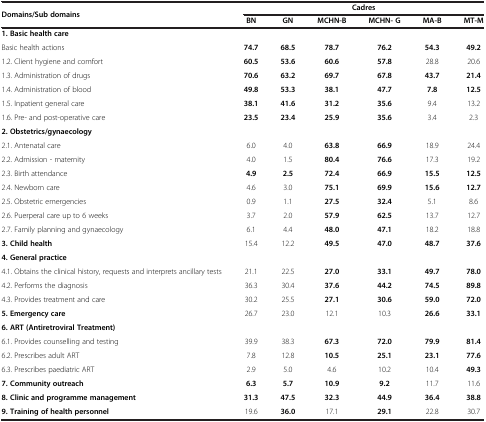
<table><thead><tr><td rowspan="2"><b>Domains/Sub domains</b></td><td colspan="6"><b>Cadres</b></td></tr><tr><td><b>BN</b></td><td><b>GN</b></td><td><b>MCHN-B</b></td><td><b>MCHN- G</b></td><td><b>MA-B</b></td><td><b>MT-M</b></td></tr></thead><tbody><tr><td><b>1. Basic health care</b></td><td> </td><td> </td><td> </td><td> </td><td> </td><td> </td></tr><tr><td>Basic health actions</td><td><b>74.7</b></td><td><b>68.5</b></td><td><b>78.7</b></td><td><b>76.2</b></td><td><b>54.3</b></td><td><b>49.2</b></td></tr><tr><td>1.2. Client hygiene and comfort</td><td><b>60.5</b></td><td><b>53.6</b></td><td><b>60.6</b></td><td><b>57.8</b></td><td>28.8</td><td>20.6</td></tr><tr><td>1.3. Administration of drugs</td><td><b>70.6</b></td><td><b>63.2</b></td><td><b>69.7</b></td><td><b>67.8</b></td><td><b>43.7</b></td><td><b>21.4</b></td></tr><tr><td>1.4. Administration of blood</td><td><b>49.8</b></td><td><b>53.3</b></td><td><b>38.1</b></td><td><b>47.7</b></td><td><b>7.8</b></td><td><b>12.5</b></td></tr><tr><td>1.5. Inpatient general care</td><td><b>38.1</b></td><td><b>41.6</b></td><td><b>31.2</b></td><td><b>35.6</b></td><td>9.4</td><td>13.2</td></tr><tr><td>1.6. Pre- and post-operative care</td><td><b>23.5</b></td><td><b>23.4</b></td><td><b>25.9</b></td><td><b>35.6</b></td><td>3.4</td><td>2.3</td></tr><tr><td><b>2. Obstetrics/gynaecology</b></td><td> </td><td> </td><td> </td><td> </td><td> </td><td> </td></tr><tr><td>2.1. Antenatal care</td><td>6.0</td><td>4.0</td><td><b>63.8</b></td><td><b>66.9</b></td><td>18.9</td><td>24.4</td></tr><tr><td>2.2. Admission - maternity</td><td>4.0</td><td>1.5</td><td><b>80.4</b></td><td><b>76.6</b></td><td>17.3</td><td>19.2</td></tr><tr><td>2.3. Birth attendance</td><td><b>4.9</b></td><td><b>2.5</b></td><td><b>72.4</b></td><td><b>66.9</b></td><td><b>15.5</b></td><td><b>12.5</b></td></tr><tr><td>2.4. Newborn care</td><td>4.6</td><td>3.0</td><td><b>75.1</b></td><td><b>69.9</b></td><td><b>15.6</b></td><td><b>12.7</b></td></tr><tr><td>2.5. Obstetric emergencies</td><td>0.9</td><td>1.1</td><td><b>27.5</b></td><td><b>32.4</b></td><td>5.1</td><td>8.6</td></tr><tr><td>2.6. Puerperal care up to 6 weeks</td><td>3.7</td><td>2.0</td><td><b>57.9</b></td><td><b>62.5</b></td><td>13.7</td><td>12.7</td></tr><tr><td>2.7. Family planning and gynaecology</td><td>6.1</td><td>4.4</td><td><b>48.0</b></td><td><b>47.1</b></td><td>18.2</td><td>18.8</td></tr><tr><td><b>3. Child health</b></td><td>15.4</td><td>12.2</td><td><b>49.5</b></td><td><b>47.0</b></td><td><b>48.7</b></td><td><b>37.6</b></td></tr><tr><td><b>4. General practice</b></td><td> </td><td> </td><td> </td><td> </td><td> </td><td> </td></tr><tr><td>4.1. Obtains the clinical history, requests and interprets ancillary tests</td><td>21.1</td><td>22.5</td><td><b>27.0</b></td><td><b>33.1</b></td><td><b>49.7</b></td><td><b>78.0</b></td></tr><tr><td>4.2. Performs the diagnosis</td><td>36.3</td><td>30.4</td><td><b>37.6</b></td><td><b>44.2</b></td><td><b>74.5</b></td><td><b>89.8</b></td></tr><tr><td>4.3. Provides treatment and care</td><td>30.2</td><td>25.5</td><td><b>27.1</b></td><td><b>30.6</b></td><td><b>59.0</b></td><td><b>72.0</b></td></tr><tr><td><b>5. Emergency care</b></td><td>26.7</td><td>23.0</td><td>12.1</td><td>10.3</td><td><b>26.6</b></td><td><b>33.1</b></td></tr><tr><td><b>6. ART (Antiretroviral Treatment)</b></td><td> </td><td> </td><td> </td><td> </td><td> </td><td> </td></tr><tr><td>6.1. Provides counselling and testing</td><td>39.9</td><td>38.3</td><td><b>67.3</b></td><td><b>72.0</b></td><td><b>79.9</b></td><td><b>81.4</b></td></tr><tr><td>6.2. Prescribes adult ART</td><td>7.8</td><td>12.8</td><td><b>10.5</b></td><td><b>25.1</b></td><td><b>23.1</b></td><td><b>77.6</b></td></tr><tr><td>6.3. Prescribes paediatric ART</td><td>2.9</td><td>5.0</td><td>4.6</td><td>10.2</td><td>10.4</td><td><b>49.3</b></td></tr><tr><td><b>7. Community outreach</b></td><td><b>6.3</b></td><td><b>5.7</b></td><td><b>10.9</b></td><td><b>9.2</b></td><td>11.7</td><td>11.6</td></tr><tr><td><b>8. Clinic and programme management</b></td><td><b>31.3</b></td><td><b>47.5</b></td><td><b>32.3</b></td><td><b>44.9</b></td><td><b>36.4</b></td><td><b>38.8</b></td></tr><tr><td><b>9. Training of health personnel</b></td><td>19.6</td><td><b>36.0</b></td><td>17.1</td><td><b>29.1</b></td><td>22.8</td><td>30.7</td></tr></tbody></table>